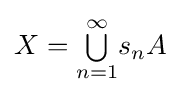
X={\textstyle \bigcup \limits _{n=1}^{\infty }}s_{n}A